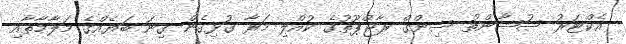
އެކްޓަރު ސުޝާންތު ސިންގް ރާޖްޕޫތުގެ ކުއްލި މަރާ ގުޅިގެން ގިނަ ބަޔެއްގެ މަލާމާތާއި